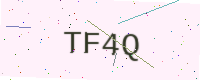
Text: TF4Q